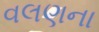
વલણના